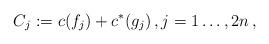
LaTeX: \begin{align*} C_j := c(f_j) + c^*(g_j) \, , j = 1 \dots , 2n \, , \end{align*}